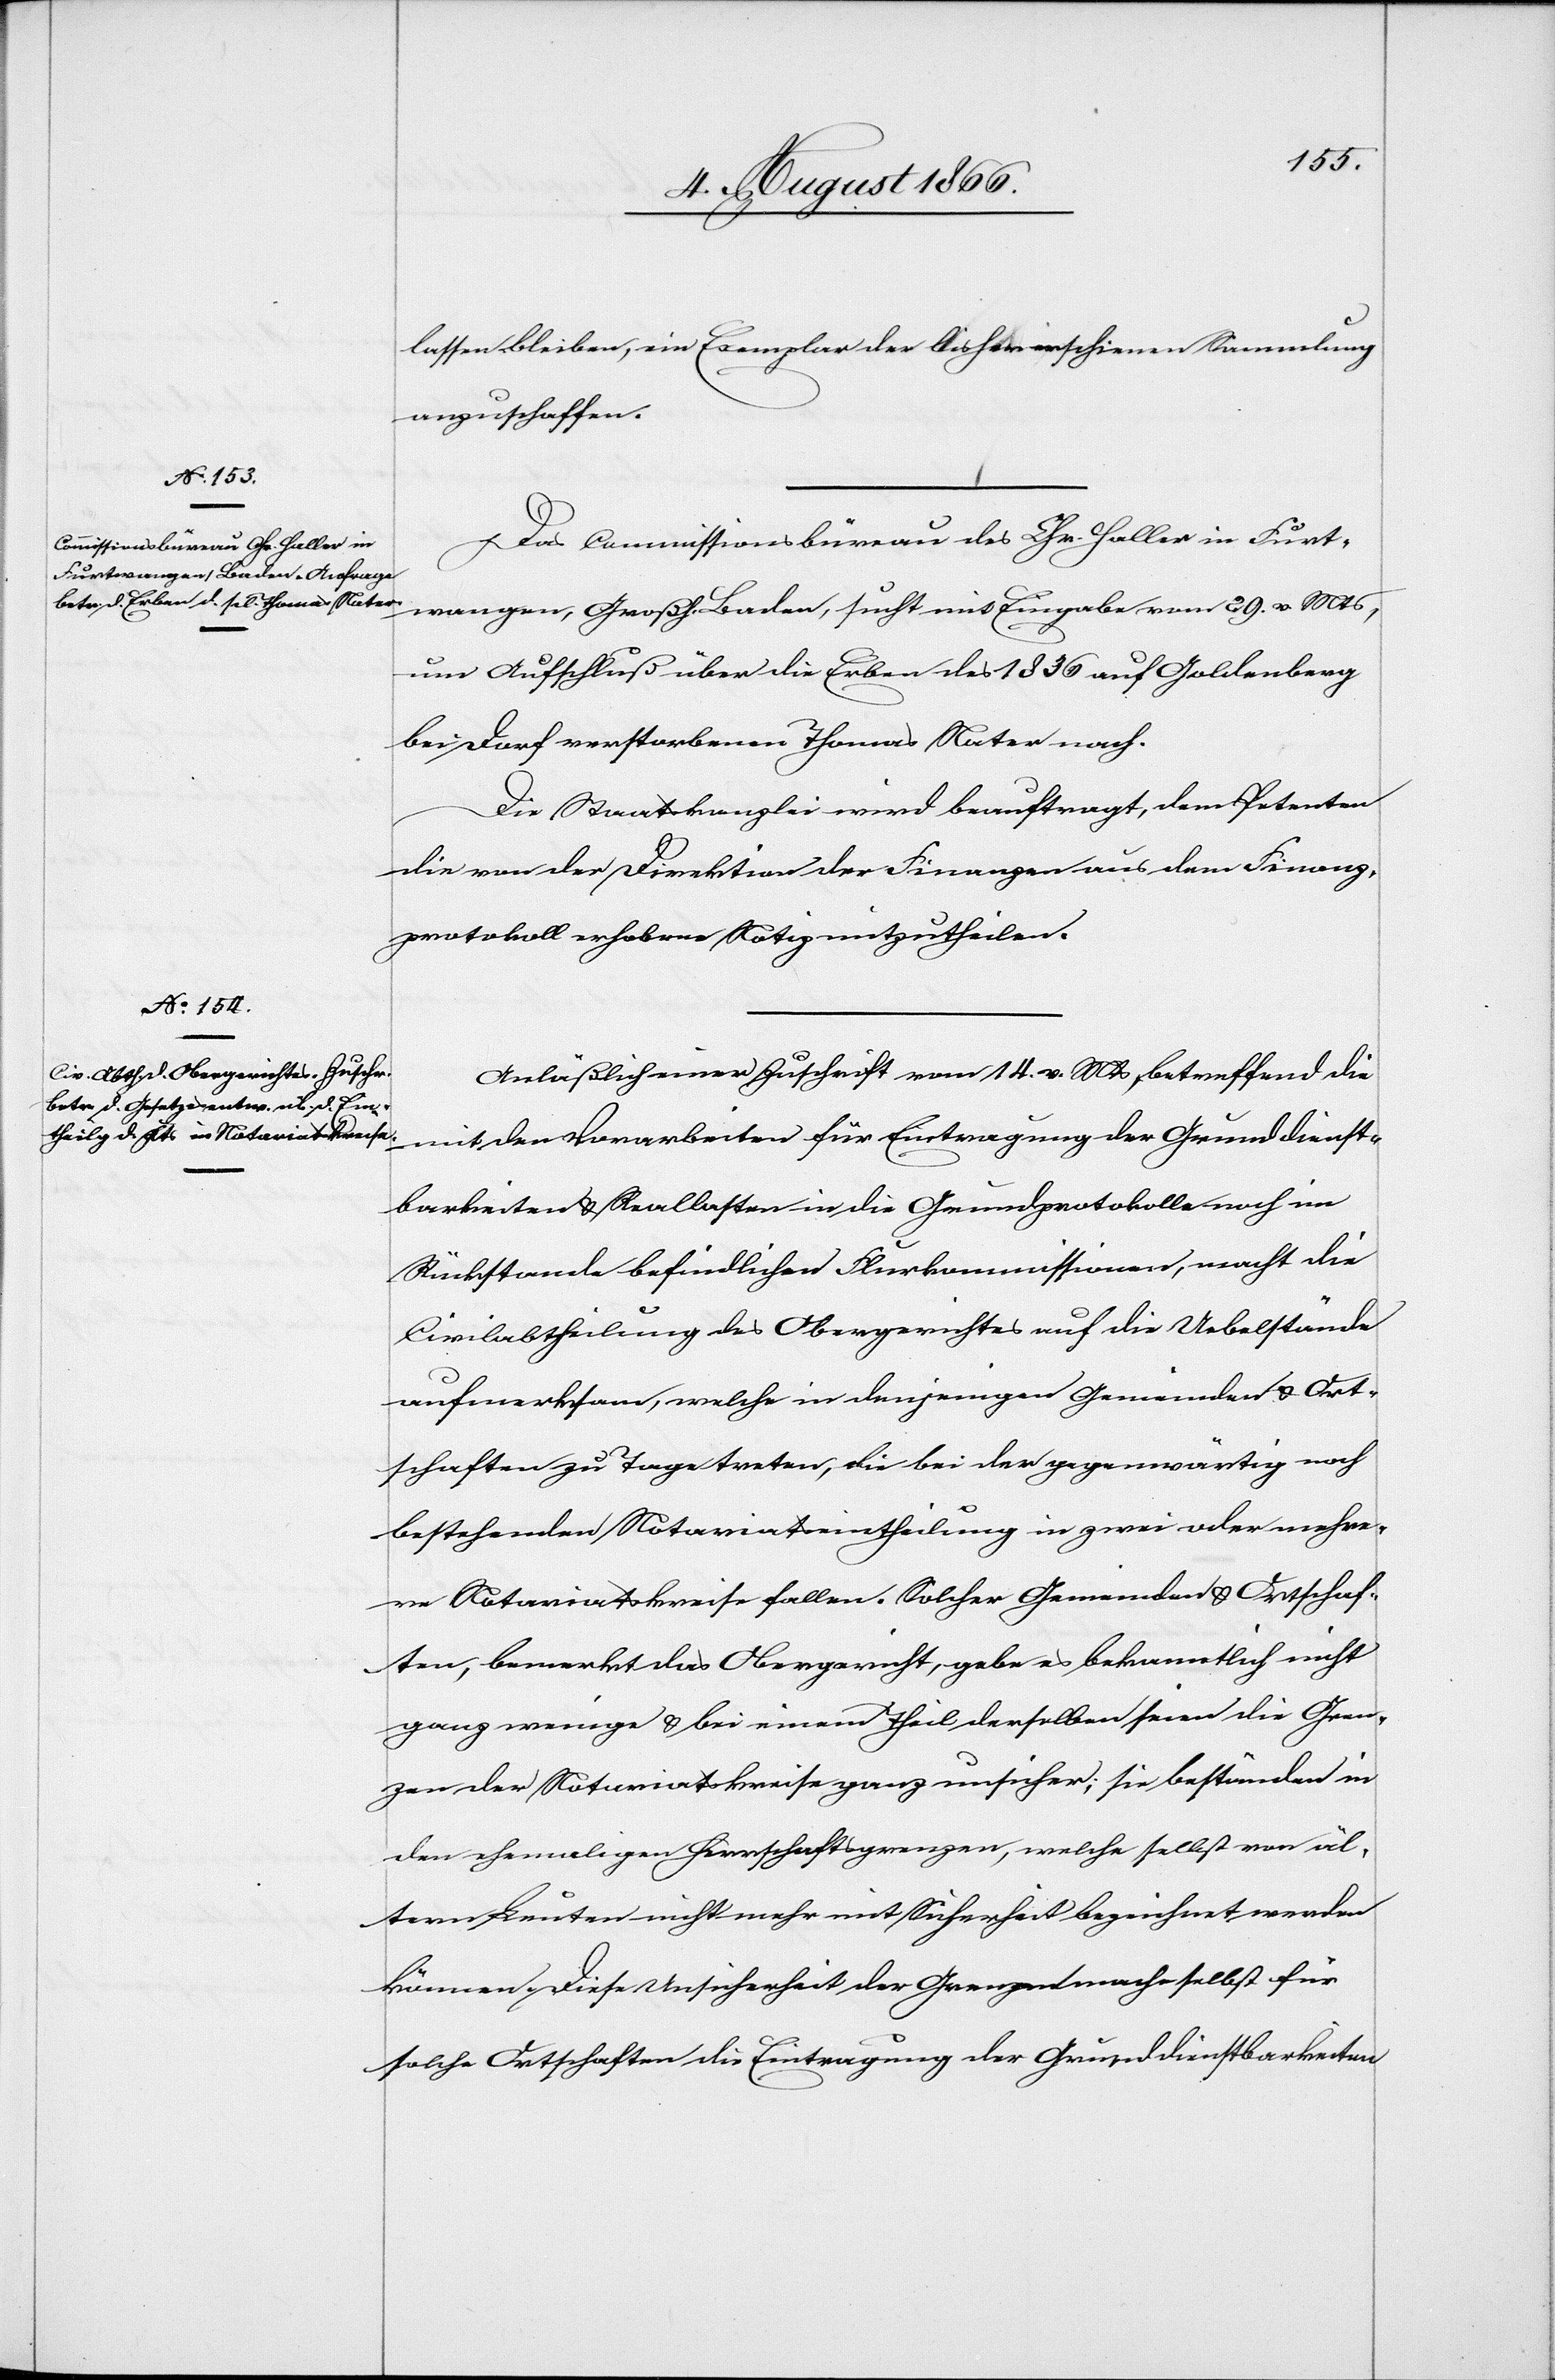
lassen werden, ein Exemplar der bisher erschienen Sammlung
anzuschaffen.
Das Commissionsbüreau des Chr. Haller in Furt¬
wangen, Großh. Baden, sucht mit Eingabe vom 29. v. Mts.,
um Aufschluß über die Erben des 1836 auf Goldenberg
bei Dorf verstorbenen Thomas Nater nach.
Die Staatskanzlei wird beauftragt, dem Petenten
die von der Direktion der Finanzen aus dem Finanz¬
protokoll erhobene Notiz mitzutheilen.
Anläßlich einer Zuschrift vom 14. v. Mts., betreffend die
mit den Vorarbeiten für Eintragung der Grunddienst¬
barkeiten u. Sachlasten in die Grundprotokolle noch im
Rückstande befindlichen Flurkommissionen, macht die
Civilabtheilung des Obergerichtes auf die Uebelstände
aufmerksam, welche in denjenigen Gemeinde u. Ort¬
schaften zu Tage treten, die bei der gegenwärtig noch
bestehenden Notariatseintheilung in zwei oder mehre¬
re Notariatskreise fallen. Solcher Gemeinden u. Ortschaf¬
ten, bemerkt das Obergericht, gebe es bekanntlich nicht
ganz wenige u. bei einem Theil derselben seien die Gren¬
zen der Notariatskreise ganz unsicher; sie bestünden in
den ehemaligen Herrschaftsgrenzen, welche selbst von äl¬
tern Leuten nicht mehr mit Sicherheit bezeichnet werden
können. Diese Unsicherheit der Grenzen mache selbst für
solche Ortschaften die Eintragung der Grunddienstbarkeiten